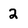
Character: 2